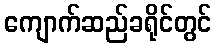
ကျောက်ဆည်ခရိုင်တွင်